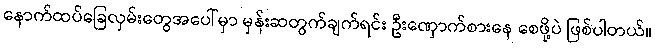
နောက်ထပ်ခြေလှမ်းတွေအပေါ်မှာ မှန်းဆတွက်ချက်ရင်း ဦးဏှောက်စားနေ စေဖို့ပဲ ဖြစ်ပါတယ်။